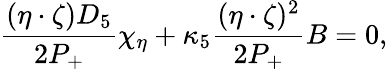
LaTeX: \frac{(\eta\cdot\zeta)D_{5}}{2P_{+}}\chi_{\eta}+\kappa_{5}\frac{(\eta\cdot\zeta)^{2}}{2P_{+}}B=0,